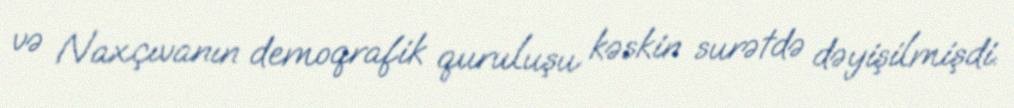
və Naxçıvanın demoqrafik quruluşu kəskin surətdə dəyişilmişdi.